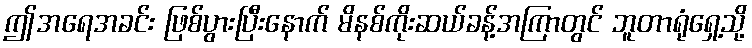
ဤအရေအခင်း ဖြစ်ပွားပြီးနောက် မိနစ်ကိုးဆယ်ခန့်အကြာတွင် ဘူတာရုံရှေ့သို့